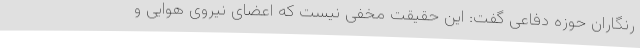
رنگاران حوزه دفاعی گفت: این حقیقت مخفی نیست که اعضای نیروی هوایی و